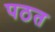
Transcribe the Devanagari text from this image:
पठत